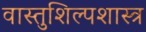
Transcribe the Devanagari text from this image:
वास्तुशिल्पशास्त्र